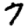
Digit: 7